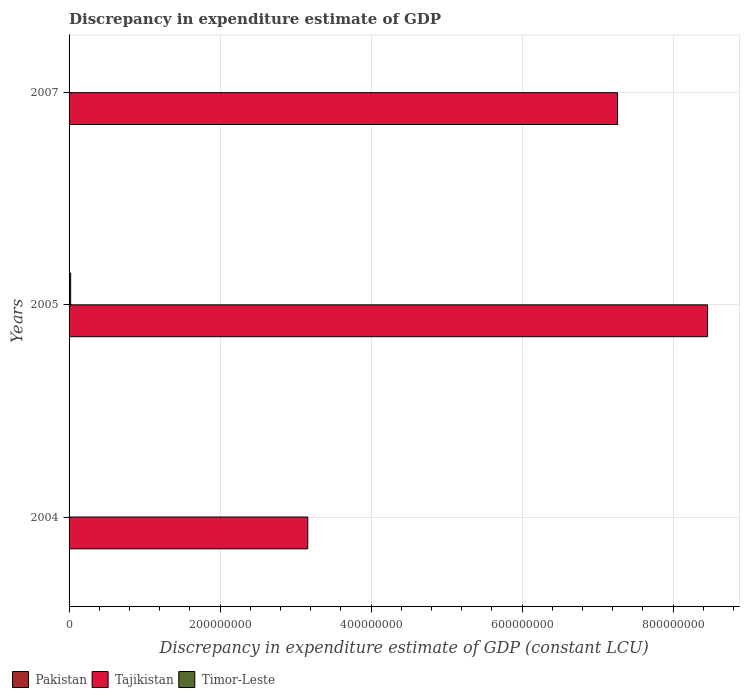
| Years | Pakistan | Tajikistan | Timor-Leste |
 | --- | --- | --- | --- |
 | 2004 | -6.75e+10 | 3.16e+08 | 8.88e+04 |
 | 2005 | -4.76e+04 | 8.46e+08 | 2.08e+06 |
 | 2007 | -1e+06 | 7.26e+08 | -6.98e+05 |